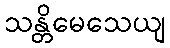
သန္တိမေသေယျ